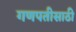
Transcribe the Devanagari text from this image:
गणपतीसाठी